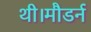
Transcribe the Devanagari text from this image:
थी।मौडर्न